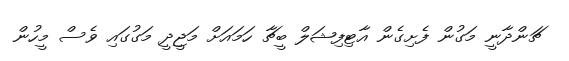
ޗަންދާނީ މަގުން ފެށިގެން އާޓިފިޝަލް ބީޗާ ހަމައަށް މަޖީދީ މަގުގައި ވެސް މީހުން